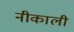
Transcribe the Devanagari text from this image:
नीकाली